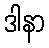
ဒါနာ